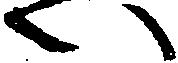
い